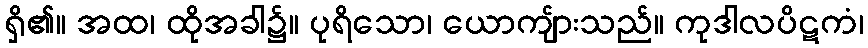
ရှိ၏။ အထ၊ ထိုအခါ၌။ ပုရိသော၊ ယောကျ်ားသည်။ ကုဒါလပိဋကံ၊